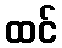
ထင်